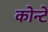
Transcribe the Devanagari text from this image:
कोन्टे